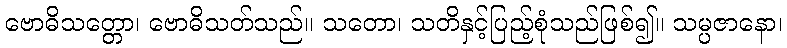
ဗောဓိသတ္တော၊ ဗောဓိသတ်သည်။ သတော၊ သတိနှင့်ပြည့်စုံသည်ဖြစ်၍။ သမ္ပဇာနော၊